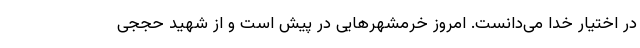
در اختیار خدا می‌دانست. امروز خرمشهرهایی در پیش است و از شهید حججی